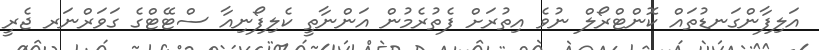
އަލިފާންގަނޑުތައް ކޮންޓްރޯލް ނުވެ އިތުރަށް ފެތުރެމުން އަންނާތީ ކެލިފޯނިއާ ސްޓޭޓްގެ ގަވަރްނަރ ޖެރީ